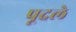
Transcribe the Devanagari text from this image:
पूदले